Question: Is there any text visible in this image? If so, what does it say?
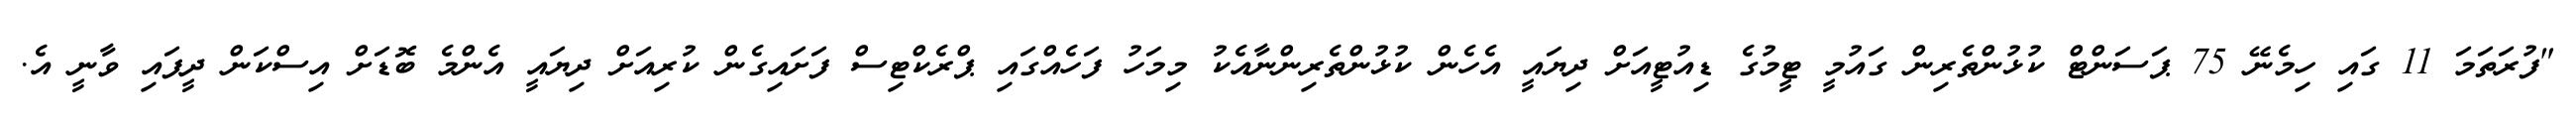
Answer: "ފުރަތަމަ 11 ގައި ހިމެނޭ 75 ޕަސަންޓް ކުޅުންތެރިން ގައުމީ ޓީމުގެ ޑިއުޓީއަށް ދިޔައީ އެހެން ކުޅުންތެރިންނާއެކު މިމަހު ފަހެއްގައި ޕްރެކްޓިސް ފަށައިގެން ކުރިއަށް ދިޔައީ އެންމެ ބޮޑަށް އިސްކަން ދީފައި ވާނީ އެ.